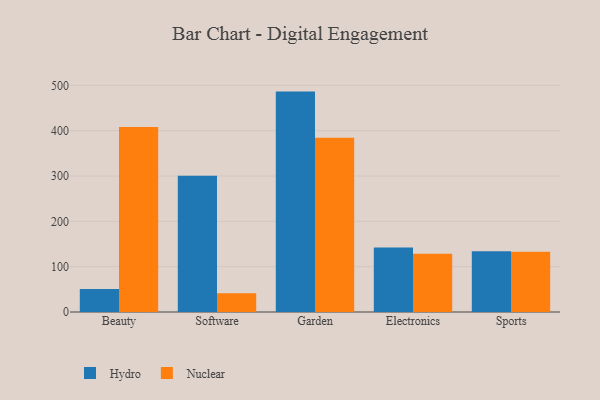
{"axis": {"x": "Category", "y": "Shipments"}, "legend": ["Hydro", "Nuclear"], "data": [{"x": "Beauty", "y": 50.7, "type": "Hydro"}, {"x": "Beauty", "y": 408.3, "type": "Nuclear"}, {"x": "Software", "y": 300.8, "type": "Hydro"}, {"x": "Software", "y": 41.4, "type": "Nuclear"}, {"x": "Garden", "y": 486.2, "type": "Hydro"}, {"x": "Garden", "y": 384.6, "type": "Nuclear"}, {"x": "Electronics", "y": 142.1, "type": "Hydro"}, {"x": "Electronics", "y": 128.3, "type": "Nuclear"}, {"x": "Sports", "y": 133.8, "type": "Hydro"}, {"x": "Sports", "y": 132.8, "type": "Nuclear"}]}